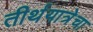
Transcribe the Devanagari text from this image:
तीर्थयात्रेचा